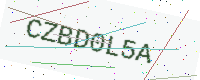
Text: CZBD0L5A